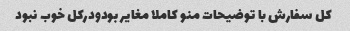
کل سفارش با توضیحات منو کاملا مغایر بودودرکل خوب نبود